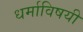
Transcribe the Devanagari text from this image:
धर्माविषयी